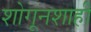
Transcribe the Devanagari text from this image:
शोगूनशाही